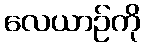
လေယာဉ်ကို